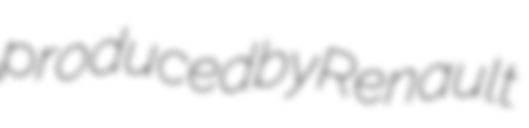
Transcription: produced by Renault